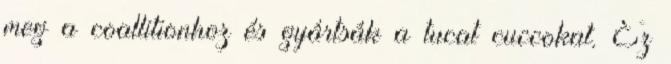
meg a coallitionhoz és gyártsák a tucat cuccokat. Ez